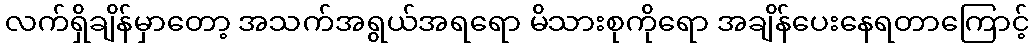
လက်ရှိချိန်မှာတော့ အသက်အရွယ်အရရော မိသားစုကိုရော အချိန်ပေးနေရတာကြောင့်